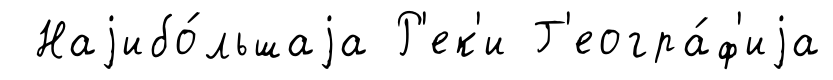
Наjибо́льшаjа Р'ек'и Г'еогра́ф'иjа